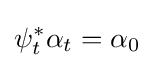
\psi _{t}^{*}\alpha _{t}=\alpha _{0}